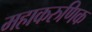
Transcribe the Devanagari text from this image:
महाकरुणिक